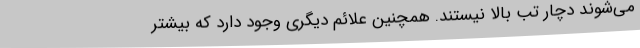
می‌شوند دچار تب بالا نیستند. همچنین علائم دیگری وجود دارد که بیشتر